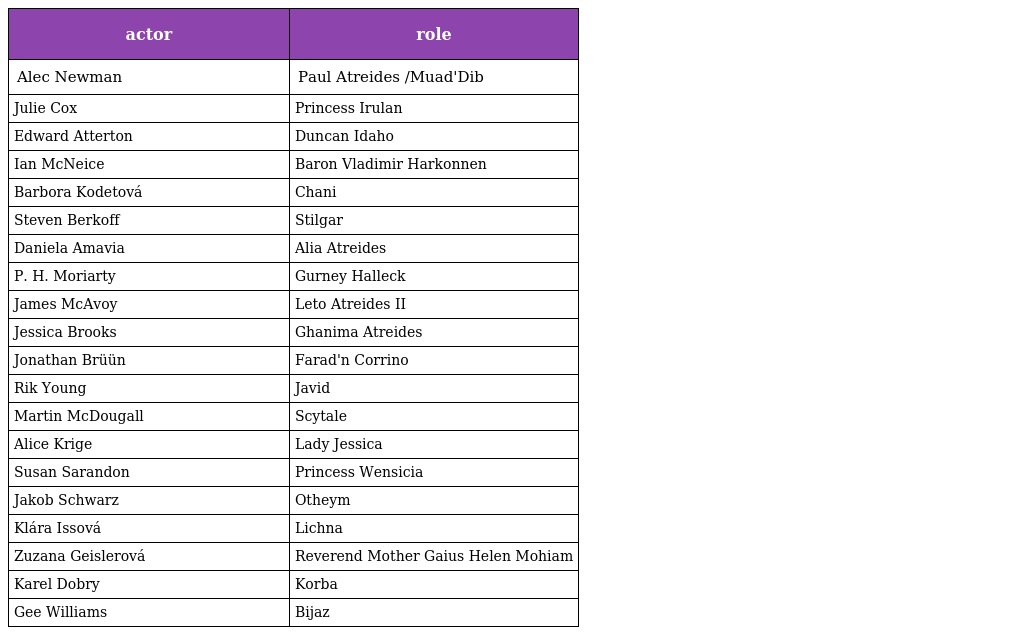
| actor | role |
 | --- | --- |
 | Alec Newman | Paul Atreides /Muad'Dib |
 | Julie Cox | Princess Irulan |
 | Edward Atterton | Duncan Idaho |
 | Ian McNeice | Baron Vladimir Harkonnen |
 | Barbora Kodetová | Chani |
 | Steven Berkoff | Stilgar |
 | Daniela Amavia | Alia Atreides |
 | P. H. Moriarty | Gurney Halleck |
 | James McAvoy | Leto Atreides II |
 | Jessica Brooks | Ghanima Atreides |
 | Jonathan Brüün | Farad'n Corrino |
 | Rik Young | Javid |
 | Martin McDougall | Scytale |
 | Alice Krige | Lady Jessica |
 | Susan Sarandon | Princess Wensicia |
 | Jakob Schwarz | Otheym |
 | Klára Issová | Lichna |
 | Zuzana Geislerová | Reverend Mother Gaius Helen Mohiam |
 | Karel Dobry | Korba |
 | Gee Williams | Bijaz |